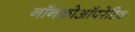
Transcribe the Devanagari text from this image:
नॉनकोऑपरेटिव